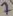
Text: 7